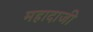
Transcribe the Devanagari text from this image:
महादाजी